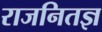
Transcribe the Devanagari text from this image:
राजनितज्ञ